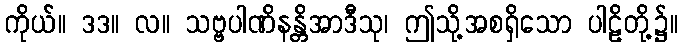
ကိုယ်။ ဒဒ။ လ။ သဗ္ဗပါဏိနန္တိအာဒီသု၊ ဤသို့အစရှိသော ပါဠိတို့၌။